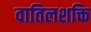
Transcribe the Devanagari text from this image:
वातिलशक्ति